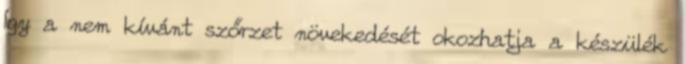
Így a nem kívánt szőrzet növekedését okozhatja a készülék